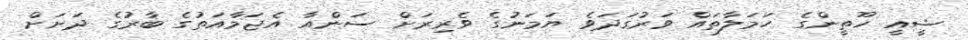
ޝީއީ ހޫތީންގެ ހަމަލާތައް ވަރުގަދަވެ ޔަމަނުގެ ވެރިރަށް ސަންއާ އެޖަމާއަތުގެ ބާރުގެ ދަށަށް